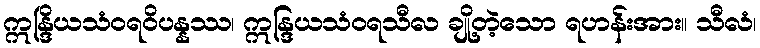
ဣန္ဒြိယသံဝရဝိပန္နဿ၊ ဣန္ဒြယသံဝရသီလ ချို့တဲ့သော ရဟန်းအား။ သီလံ၊